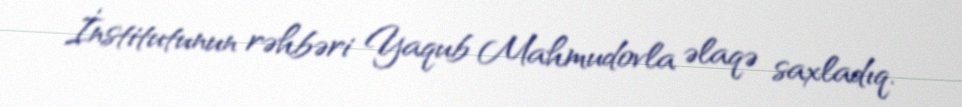
İnstitutunun rəhbəri Yaqub Mahmudovla əlaqə saxladıq.